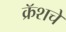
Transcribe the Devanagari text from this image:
क्रॅशचे